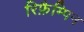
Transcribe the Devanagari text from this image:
रिफ़ैम्पिन